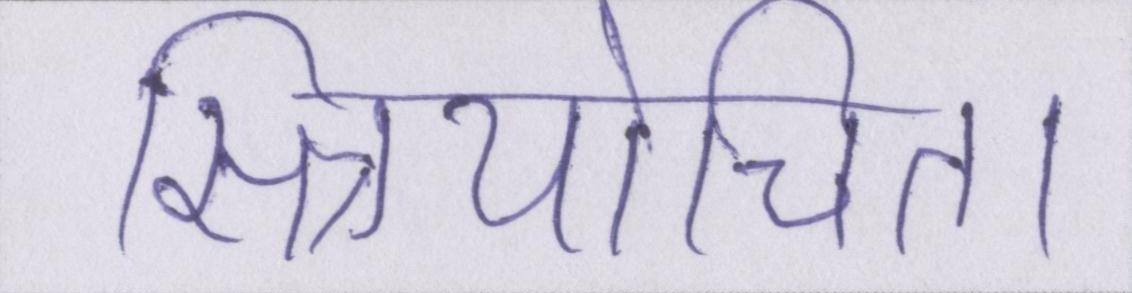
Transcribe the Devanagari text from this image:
स्त्रियोचित।